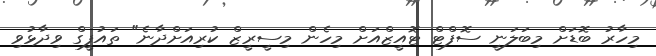
މިހާރު ބޮޑަށް މިބަލަނީ ސޮފްޓް ޓޮއީޒްއަށް މިހެން މިސީރީޒް ކުރިއަށްދާނެ" ތައުފީގް ވިދާޅުވި